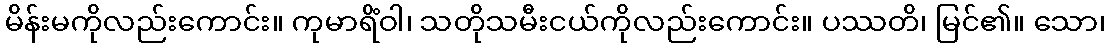
မိန်းမကိုလည်းကောင်း။ ကုမာရိံဝါ၊ သတိုသမီးငယ်ကိုလည်းကောင်း။ ပဿတိ၊ မြင်၏။ သော၊